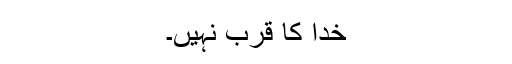
خدا کا قرب نہیں۔